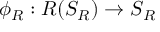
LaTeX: \phi _ { R } : R ( S _ { R } ) \rightarrow S _ { R }